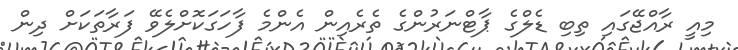
މިއީ ރާއްޖޭގައި ތިބި ޑެލްގެ ޕާޓްނަރުންގެ ތެރެއިން އެންމެ ފާހަގަކޮށްލެވޭ ފަރާތަކަށް ދިން